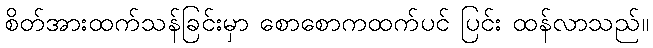
စိတ်အားထက်သန်ခြင်းမှာ စောစောကထက်ပင် ပြင်း ထန်လာသည်။